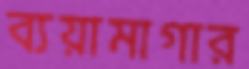
ব্যয়ামাগার